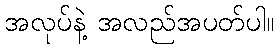
အလုပ်နဲ့ အလည်အပတ်ပါ။